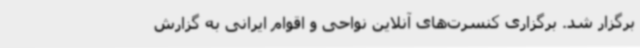
برگزار شد. برگزاری کنسرت‌های آنلاین نواحی و اقوام ایرانی به گزارش